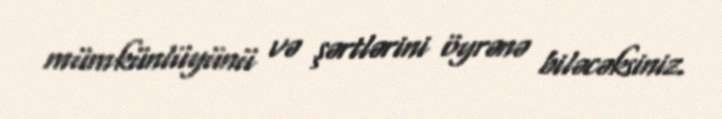
mümkünlüyünü və şərtlərini öyrənə biləcəksiniz.